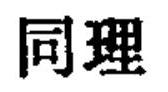
同理